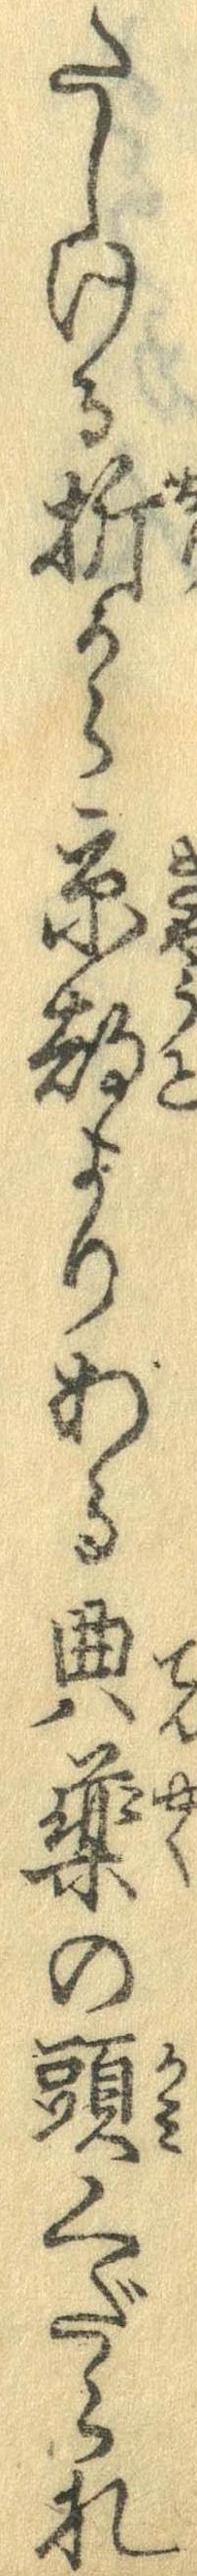
たしける折から京都よりある典薬の頭くだられ